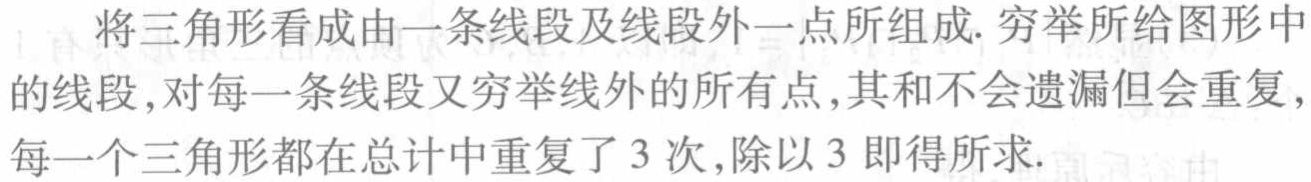
将三角形看成由一条线段及线段外一点所组成. 穷举所给图形中的线段,对每一条线段又穷举线外的所有点,其和不会遗漏但会重复,每一个三角形都在总计中重复了 3 次,除以 3 即得所求.